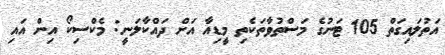
އަތުލައިގަތް 105 ޓަނުގެ މަސްތުވާތަކެތި މީޑިއާ އަށް ދައްކާލަނީ: މެކްސިކޯ އިން އައި